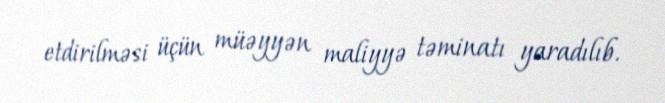
etdirilməsi üçün müəyyən maliyyə təminatı yaradılıb.